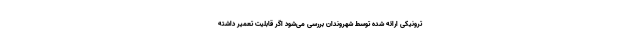
ترونیکی ارائه شده توسط شهروندان بررسی می‌شود اگر قابلیت تعمیر داشته